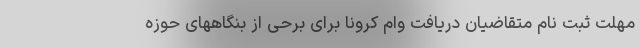
مهلت ثبت نام متقاضیان دریافت وام کرونا برای برحی از بنگاههای حوزه